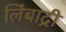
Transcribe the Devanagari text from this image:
लिंबाद्री